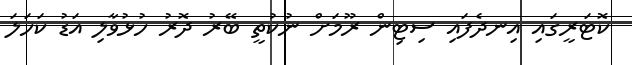
ކޮޓަރީގައި އިނދެފައި ސިޓިން ރޫމަށް ނުކުތީ ބޭރު ދޮރު ހުޅުވާލި އަޑު ކަހަލަ